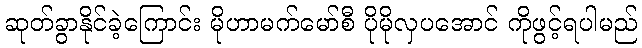
ဆုတ်ခွာနိုင်ခဲ့ကြောင်း မိုဟာမက်မော်စီ ပိုမိုလှပအောင် ကိုဖွင့်ရပါမည်